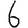
Digit: 6